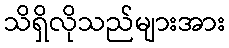
သိရှိလိုသည်များအား